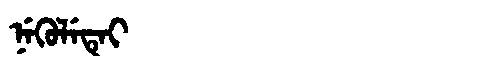
Manchu: ᠨᡝᡴᡠᠯᡝᡨᡝᡳ
Romanization: NEKULETEI